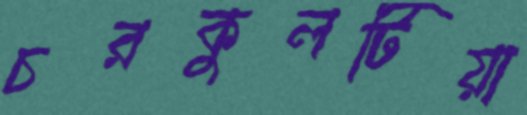
চরকুলটিয়া